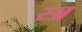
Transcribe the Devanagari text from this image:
रञ्ज